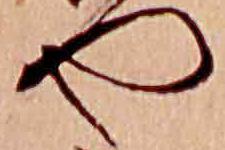
や